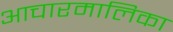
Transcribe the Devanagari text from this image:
आचारमालिका